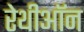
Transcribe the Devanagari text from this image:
रेथीऑन